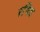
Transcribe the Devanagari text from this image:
रषिद